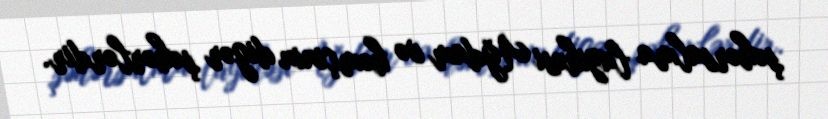
şəhərsalma layihəsi Ağdam və həmçinin digər şəhərlərdir.